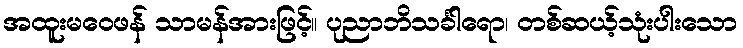
အထူးမဝေဖန် သာမန်အားဖြင့်။ ပုညာဘိသင်္ခါရော၊ တစ်ဆယ့်သုံးပါးသော